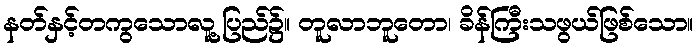
နတ်နှင့်တကွသောလူ့ပြည်၌။ တူလာဘူတော၊ ခိန်ကြီးသဖွယ်ဖြစ်သော။